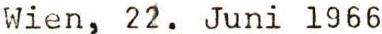
Wien, 22. Juni 1966